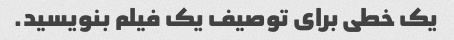
یک خطی برای توصیف یک فیلم بنویسید.